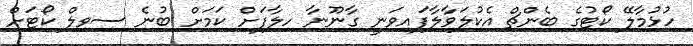
ހުޅުމާލޭ ކޯޓުގެ ބެންޗް އެކުލަވާލާފައިވަނީ ގާނޫނާ ހިލާފަށް ކަމަށް ބުނެ ސިވިލް ކޯޓަށް